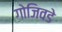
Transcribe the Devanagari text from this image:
गोजिवडे